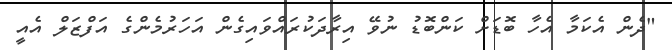
"ދެން އެކަމާ އެހާ ބޮޑަށް ކަންބޮޑު ނުވޭ އިރާދަކުރައްވައިގެން އަހަރުމެންގެ އަފްޒަލް އެއީ